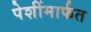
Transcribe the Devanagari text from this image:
पेशींमार्फत